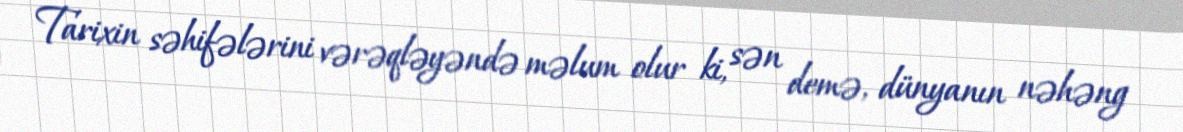
Tarixin səhifələrini vərəqləyəndə məlum olur ki, sən demə, dünyanın nəhəng